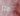
تهتز